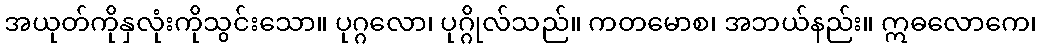
အယုတ်ကိုနှလုံးကိုသွင်းသော။ ပုဂ္ဂလော၊ ပုဂ္ဂိုလ်သည်။ ကတမောစ၊ အဘယ်နည်း။ ဣဓလောကေ၊